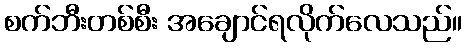
စက်ဘီးတစ်စီး အချောင်ရလိုက်လေသည်။